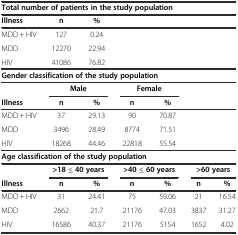
| <COLSPAN=7> Total number of patients in the study population |
 | Illness | n | % |  |  |  |  |
 | --- | --- | --- | --- | --- | --- | --- |
 | MDD + HIV | 127 | 0.24 |  |  |  |  |
 | MDD | 12270 | 22.94 |  |  |  |  |
 | HIV | 41086 | 76.82 |  |  |  |  |
 | <COLSPAN=7> Gender classification of the study population |
 |  | <COLSPAN=2> Male | <COLSPAN=2> Female |  |  |
 | Illness | n | % | n | % |  |  |
 | MDD + HIV | 37 | 29.13 | 90 | 70.87 |  |  |
 | MDD | 3496 | 28.49 | 8774 | 71.51 |  |  |
 | HIV | 18268 | 44.46 | 22818 | 55.54 |  |  |
 | <COLSPAN=7> Age classification of the study population |
 |  | <COLSPAN=2> >18 ≤40 years | <COLSPAN=2> >40 ≤ 60 years | <COLSPAN=2> >60 years |
 | Illness | n | % | n | % | n | % |
 | MDD + HIV | 31 | 24.41 | 75 | 59.06 | 21 | 16.54 |
 | MDD | 2662 | 21.7 | 21176 | 47.03 | 3837 | 31.27 |
 | HIV | 16586 | 40.37 | 21176 | 5154 | 1652 | 4.02 |